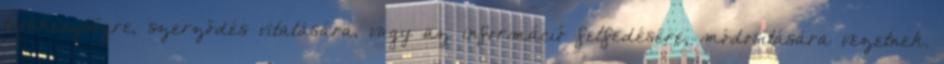
tevékenységre, szerződés vitatására, vagy az információ felfedésére, módosítására vezetnek.